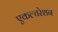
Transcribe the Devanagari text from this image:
एकल्चरेशन